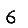
Digit: 6